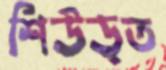
শিউড়ত